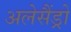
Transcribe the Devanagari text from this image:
अलेसैंड्रो